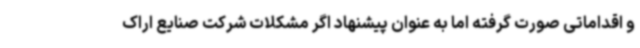
و اقداماتی صورت گرفته اما به عنوان پیشنهاد اگر مشکلات شرکت صنایع اراک